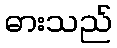
ဓားသည်